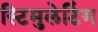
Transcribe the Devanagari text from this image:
स्टिमुलेटिंग